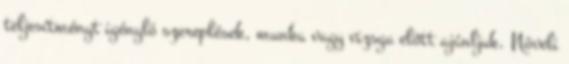
teljesítményt igényló szereplések, munka vagy vizsga előtt ajánljuk. Növeli